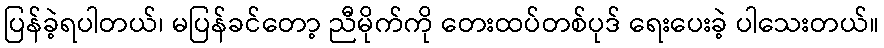
ပြန်ခဲ့ရပါတယ်၊ မပြန်ခင်တော့ ညီမိုက်ကို တေးထပ်တစ်ပုဒ် ရေးပေးခဲ့ ပါသေးတယ်။